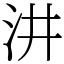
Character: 汫